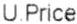
U.PRICE